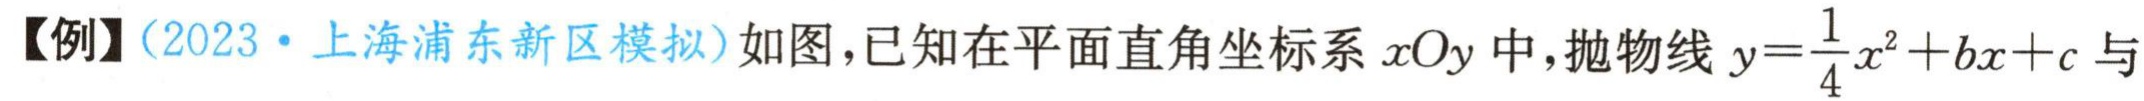
【例】(2023·上海浦东新区模拟)如图，已知在平面直角坐标系\(xOy\)中，抛物线\(y = \frac{1}{4}x^{2}+bx + c\)与